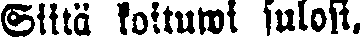
Siitä koituwi sulosi,